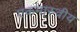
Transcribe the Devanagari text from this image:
एकमा्रुवीय